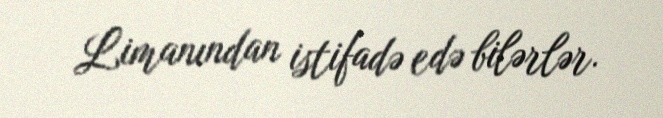
Limanından istifadə edə bilərlər.